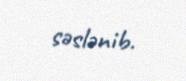
səslənib.